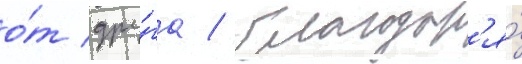
о́т дру́га / благодар'я́